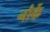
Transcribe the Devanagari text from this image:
नौर्के